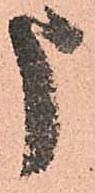
申